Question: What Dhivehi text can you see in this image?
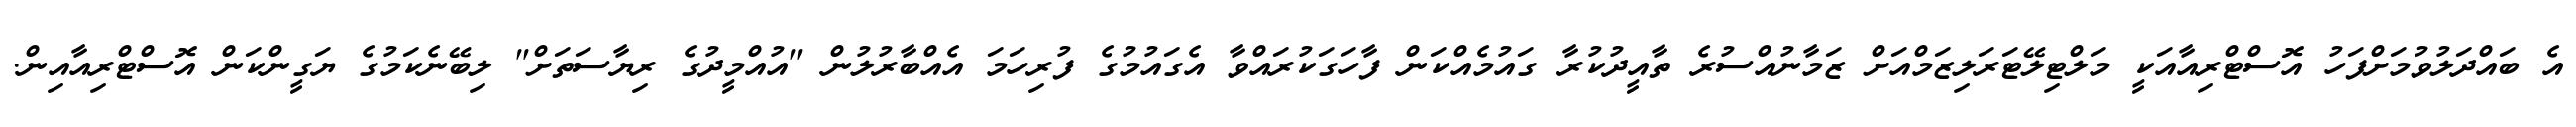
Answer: އެ ބައްދަލުވުމަށްފަހު އޮސްޓްރިއާއަކީ މަލްޓިލޭޓަރަލިޒަމްއަށް ޒަމާނުއްސުރެ ތާއީދުކުރާ ގައުމެއްކަން ފާހަގަކުރައްވާ އެގައުމުގެ ފުރިހަމަ އެއްބާރުލުން "އުއްމީދުގެ ރިޔާސަތަށް" ލިބޭނެކަމުގެ ޔަގީންކަން އޮސްޓްރިއާއިން.